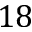
1 8